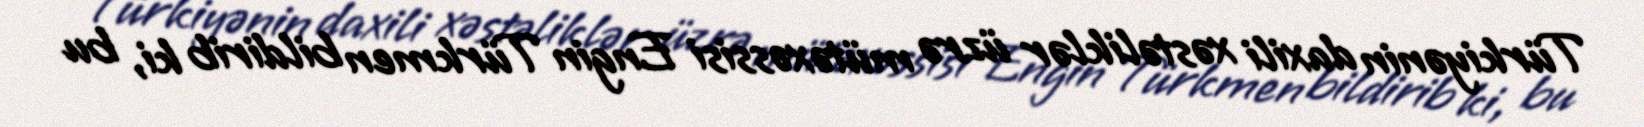
Türkiyənin daxili xəstəliklər üzrə mütəxəssisi Engin Türkmen bildirib ki, bu